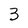
Character: 3